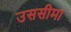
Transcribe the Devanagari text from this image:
उससीमा